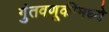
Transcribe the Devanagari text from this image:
गुंतवणूकीमध्ये